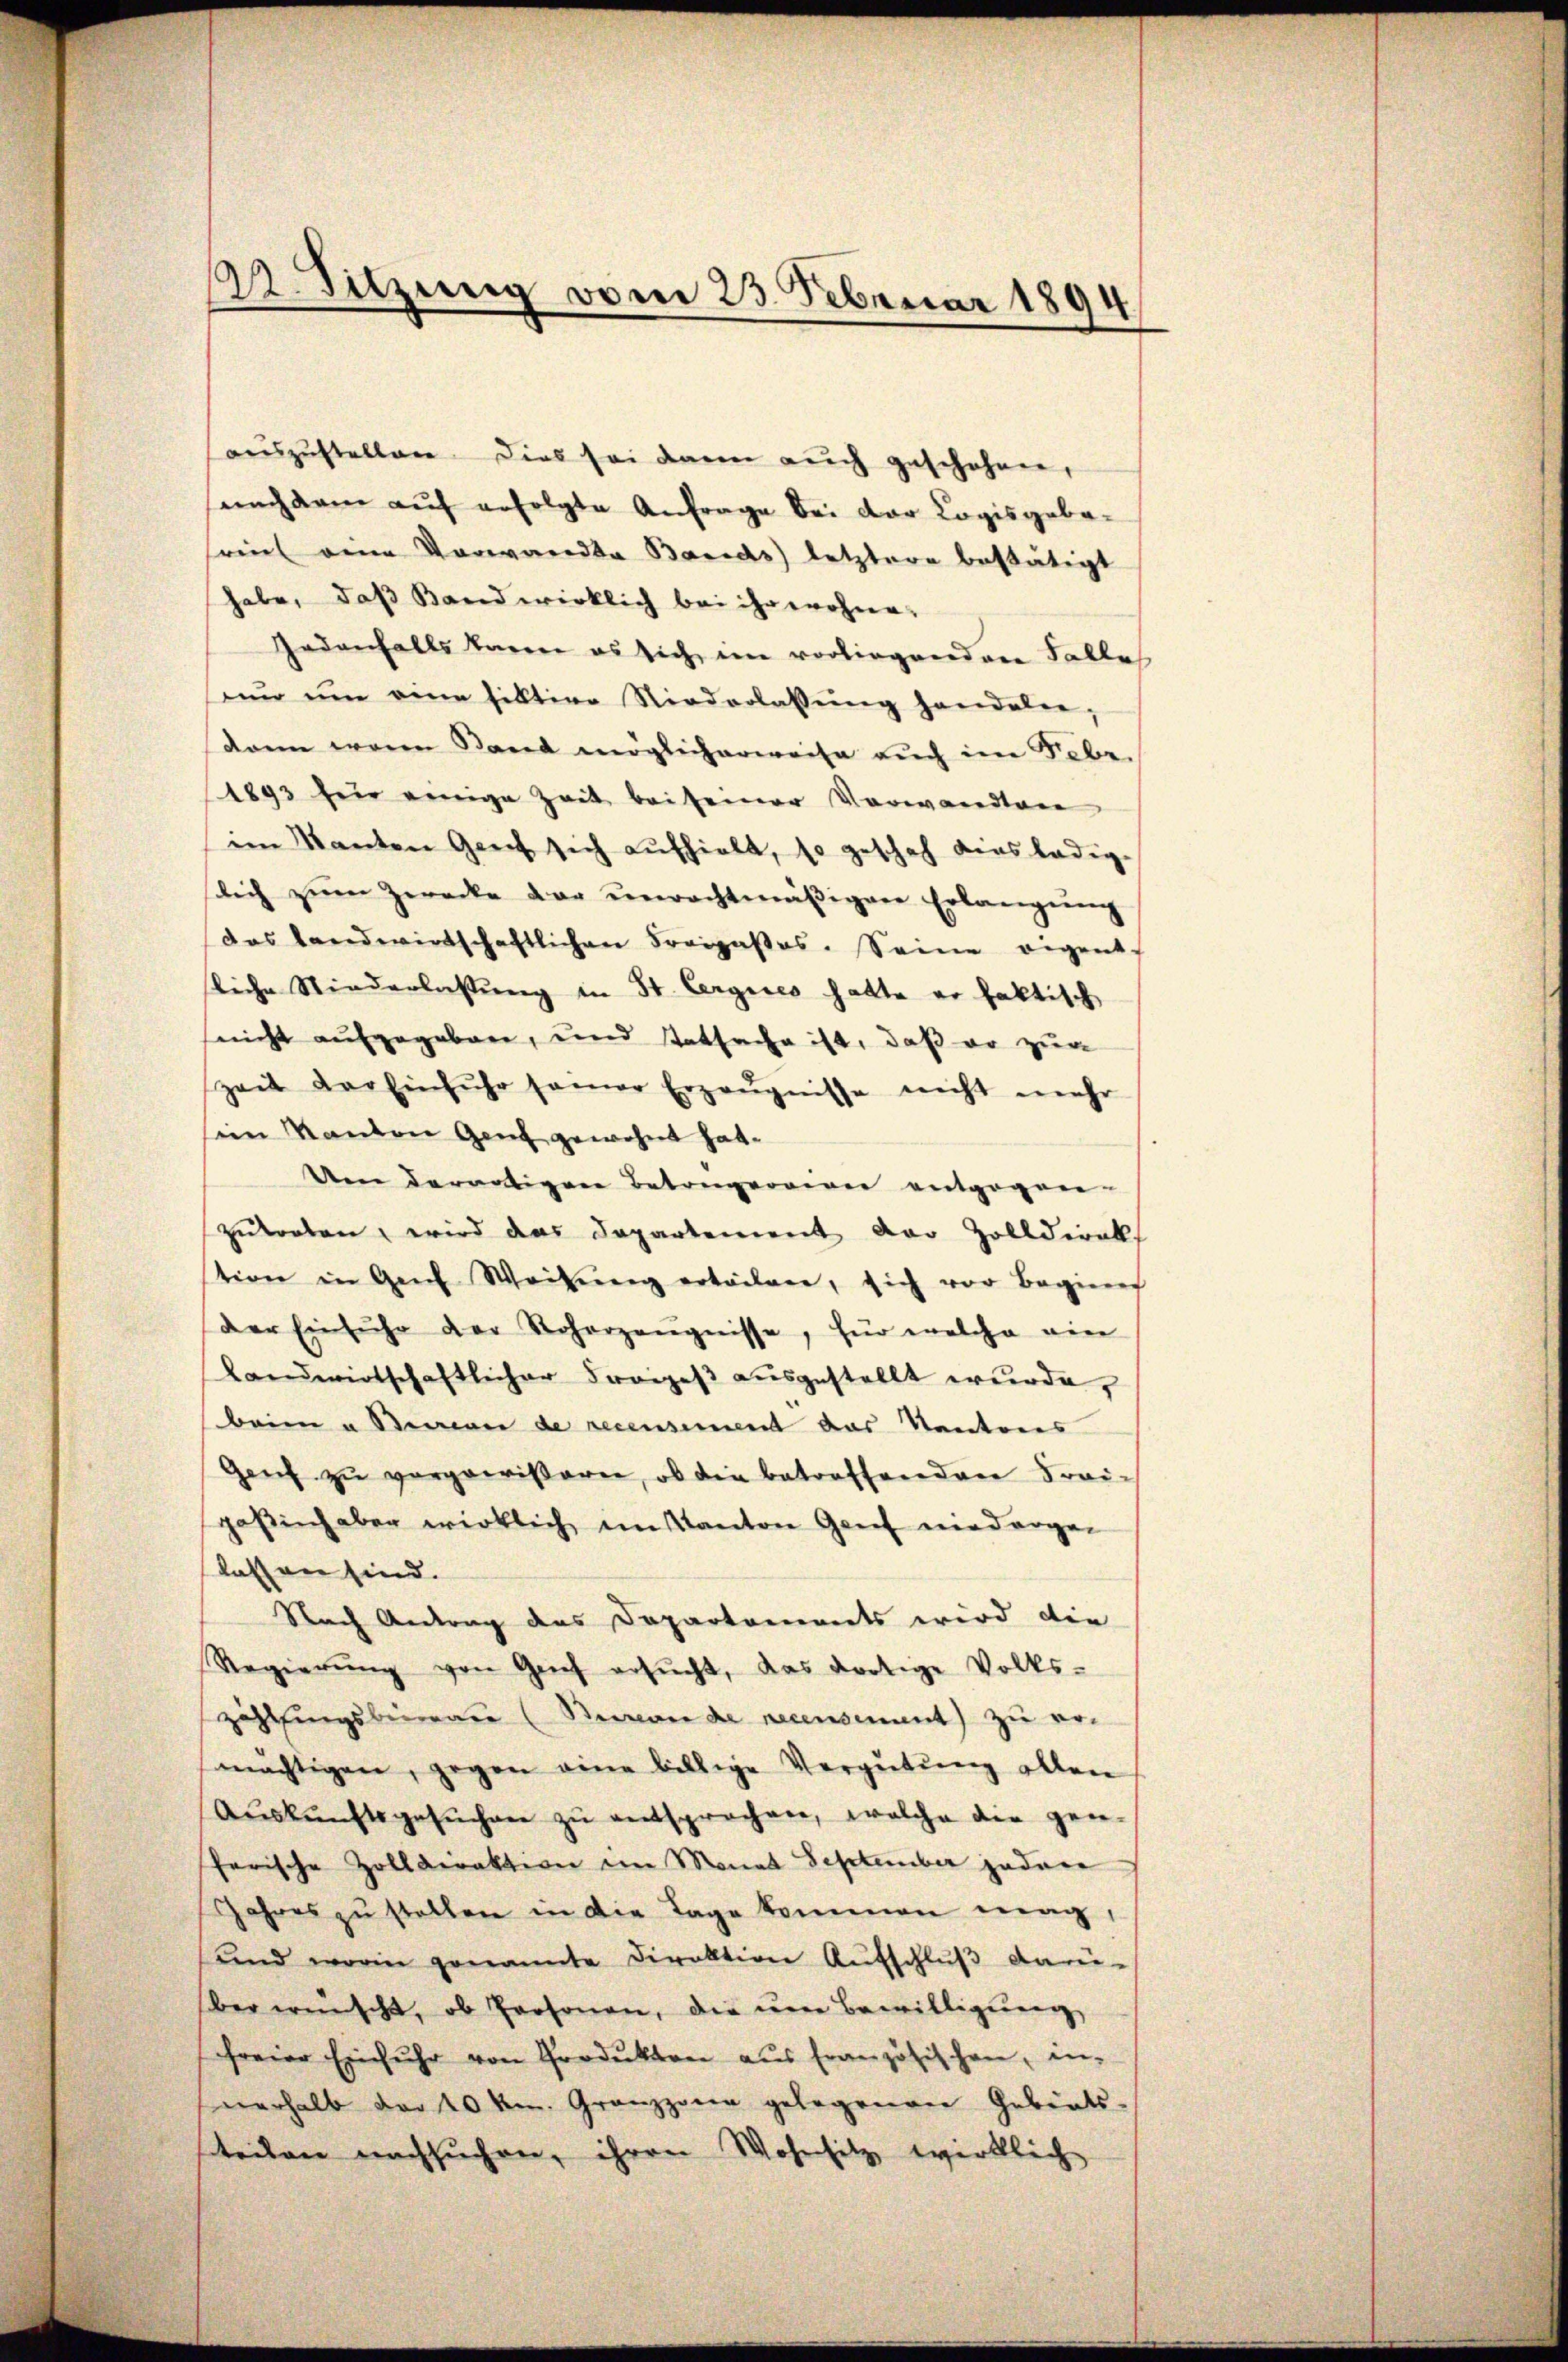
12. Sitzung vom 23. Februar 1894.

aŭszŭstellen dies sei dann aŭch geschehen,
nach dem aŭf erfolgte Anfrage bei der Logisgabe-
reich eine Vorwandte Bavids letztere bestätigt
habe, daß Band wirklich bei ihr wohne,
Gedenfalls barere es sich im vorliegenden Falle
nn ŭm eine fiktive Niederlassŭng handeln,
dann waren Stand möglicherweise aŭch im Febr.
1893 für einige Zeit bei seiner Vorwandten
im Kanton Genf sich aufhielt, so geschah dieslädig-
slich zŭm Zwecke der unrechtmäβigen Erlangŭng
das Landwirtschaftlichen Fraipaßes. Seine eigent-
liche Niederlassŭng in St. Cergies hatte er faktisch
nicht aufgegeben, und tatsache ist, daß er zur
zeit der Einfuhr samer Erzeŭgnisse nicht mehr
sem Kanton Ganz gewohnt hat.
Um derartigen Betrugereien entgegen-
zutorten, wird das Departement der Zolldirek
tion in Geich Weisung erteilen, sich vor Beginner
der Einfuhr der Noharzeŭgnisse, für welche ein
Landwirtschaftlicher Prozeß ausgestellt wurde,
beim a Serien de recensement das Kantons
Genf zŭ vergewiβaren, ob die betroffenden Frei-
gesich aber wirklich ein Kanton Genf niedergen
lassen sind.
Nach Antrag des Departements wird die
Regierŭng von Geich ersŭcht, das dortige Volks-
zählungsberate (Steinande necensement) zu ermächtigen, gegen eine billige Vergütŭng allen
Aŭskŭnftsgesŭchen zŭ entsprochen, welche die gen-
herische Zolldirektion im Monat September jedere
Jahres zŭ stellen in die Tage kommen mag,
und worin genannte Direktion Aufschluß dar-
ber wünscht, ob Personen, die ŭm Bewilligŭng
freier Einfuhr von Produkten aŭs französischen, in-
verhalb der 20 kr. Grenzzona gelegenen Gebiets-
steilen nachsuchen, ihren Wohnsitz wirklich